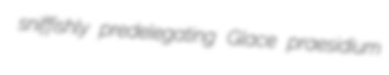
sniffishly predelegating Glace praesidium